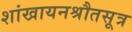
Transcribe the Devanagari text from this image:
शांखायनश्रौतसूत्र